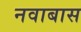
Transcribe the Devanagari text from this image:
नवाबास